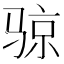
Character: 𲌈